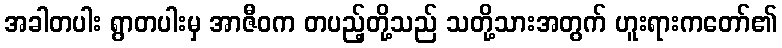
အခါတပါး ရွာတပါးမှ အာဇီဝက တပည့်တို့သည် သတို့သားအတွက် ဟူးရားကတော်၏